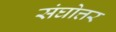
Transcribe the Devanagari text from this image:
संघोत्तर